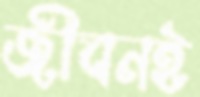
জীবনই